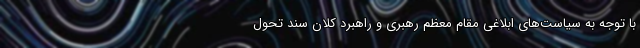
با توجه به سیاست‌های ابلاغی مقام معظم رهبری و راهبرد کلان سند تحول